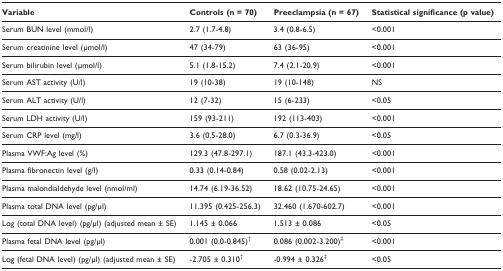
<table><thead><tr><td><b>Variable</b></td><td><b>Controls (n = 70)</b></td><td><b>Preeclampsia (n = 67)</b></td><td><b>Statistical significance (p value)</b></td></tr></thead><tbody><tr><td>Serum BUN level (mmol/l)</td><td>2.7 (1.7-4.8)</td><td>3.4 (0.8-6.5)</td><td>&lt;0.001</td></tr><tr><td>Serum creatinine level (μmol/l)</td><td>47 (34-79)</td><td>63 (36-95)</td><td>&lt;0.001</td></tr><tr><td>Serum bilirubin level (μmol/l)</td><td>5.1 (1.8-15.2)</td><td>7.4 (2.1-20.9)</td><td>&lt;0.001</td></tr><tr><td>Serum AST activity (U/l)</td><td>19 (10-38)</td><td>19 (10-148)</td><td>NS</td></tr><tr><td>Serum ALT activity (U/l)</td><td>12 (7-32)</td><td>15 (6-233)</td><td>&lt;0.05</td></tr><tr><td>Serum LDH activity (U/l)</td><td>159 (93-211)</td><td>192 (113-403)</td><td>&lt;0.001</td></tr><tr><td>Serum CRP level (mg/l)</td><td>3.6 (0.5-28.0)</td><td>6.7 (0.3-36.9)</td><td>&lt;0.05</td></tr><tr><td>Plasma VWF:Ag level (%)</td><td>129.3 (47.8-297.1)</td><td>187.1 (43.3-423.0)</td><td>&lt;0.001</td></tr><tr><td>Plasma fibronectin level (g/l)</td><td>0.33 (0.14-0.84)</td><td>0.58 (0.02-2.13)</td><td>&lt;0.001</td></tr><tr><td>Plasma malondialdehyde level (nmol/ml)</td><td>14.74 (6.19-36.52)</td><td>18.62 (10.75-24.65)</td><td>&lt;0.001</td></tr><tr><td>Plasma total DNA level (pg/μl)</td><td>11.395 (0.425-256.3)</td><td>32.460 (1.670-602.7)</td><td>&lt;0.001</td></tr><tr><td>Log (total DNA level) (pg/μl) (adjusted mean ± SE)</td><td>1.145 ± 0.066</td><td>1.513 ± 0.086</td><td>&lt;0.05</td></tr><tr><td>Plasma fetal DNA level (pg/μl)</td><td>0.001 (0.0-0.845)<sup>†</sup></td><td>0.086 (0.002-3.200)<sup>‡</sup></td><td>&lt;0.001</td></tr><tr><td>Log (fetal DNA level) (pg/μl) (adjusted mean ± SE)</td><td>-2.705 ± 0.310<sup>†</sup></td><td>-0.994 ± 0.326<sup>‡</sup></td><td>&lt;0.05</td></tr></tbody></table>